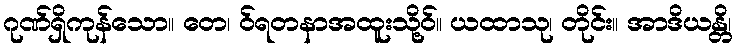
ဂုဏ်ရှိကုန်သော။ တေ၊ ဝ်ရတနာအထူးသို့ဝ်။ ယထာသု၊ တိုင်း။ အာဒိယန္တိ၊